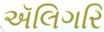
ઍલિગરિ